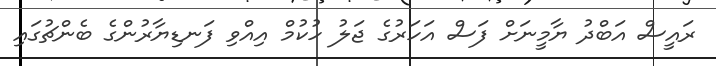
ރައީސް އަބްދު ޔާމީނަށް ފަސް އަހަރުގެ ޖަލު ހުކުމް އިއްވި ފަނޑިޔާރުންގެ ބެންޗުގައި